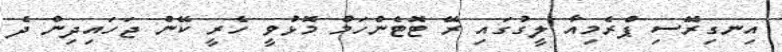
އިނގިރޭސި ޕްރެމިއާ ލީގުގައި ރޭ ޓޮޓެންހަމް މޮޅުވީ ހެރީ ކޭން ޖަހައިދިން ދެ